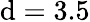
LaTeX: \mathrm{d}=3.5